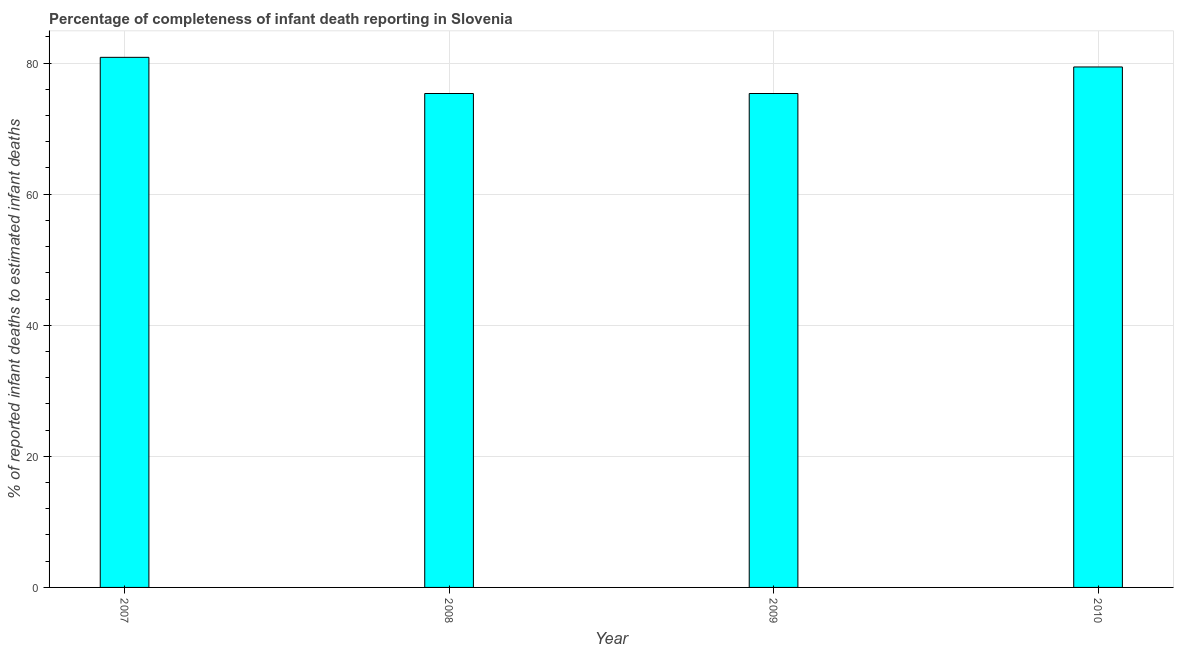
| Year | Completeness of infant death reporting |
 | --- | --- |
 | 2007 | 80.9 |
 | 2008 | 75.4 |
 | 2009 | 75.4 |
 | 2010 | 79.4 |